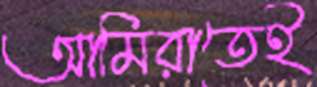
আমিরাতেই